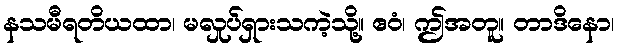
နသမီရတိယထာ၊ မလှုပ်ရှားသကဲ့သို့။ ဧဝံ၊ ဤအတူ။ တာဒိနော၊